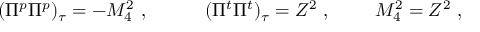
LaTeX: ( \Pi ^ { p } \Pi ^ { p } ) _ { \tau } = - M _ { 4 } ^ { 2 } \ , \ \ \ \qquad ( \Pi ^ { t } \Pi ^ { t } ) _ { \tau } = Z ^ { 2 } \ , \ \qquad M _ { 4 } ^ { 2 } = Z ^ { 2 } \ ,